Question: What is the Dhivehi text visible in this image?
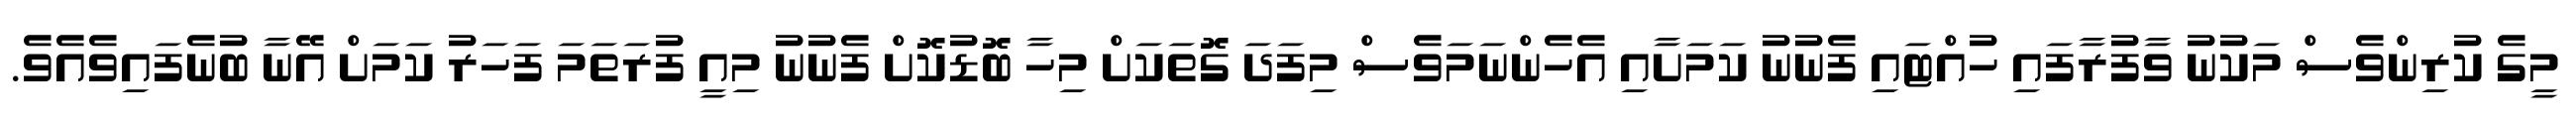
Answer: މީގެ ކުރިންވެސް މަކުނު ވާފުރާފައި ހުއްޓައި ފެނުނު ކަމަށާއި އެހެންނަމަވެސް މިފަދަ ގޮތަކަށް މިހާ ބޮޑުކޮށް ފެނުނު މިއީ ފުރަތަމަ ފަހަރު ކަމަށް އޭނާ ބުނެފައިވެއެވެ.